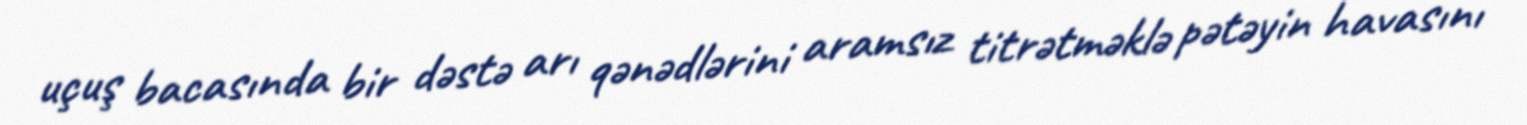
uçuş bacasında bir dəstə arı qənədlərini aramsız titrətməklə pətəyin havasını